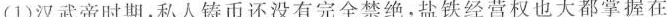
(1)汉武帝时期，私人铸币还没有完全禁绝，盐铁经营权也大都掌握在